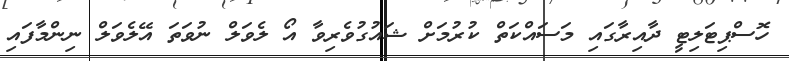
ހޮސްޕިޓަލިޓީ ދާއިރާގައި މަސައްކަތް ކުރުމަށް ޝައުގުވެރިވާ އޯ ލެވަލް ނުވަތަ އޭލެވަލް ނިންމާފައި